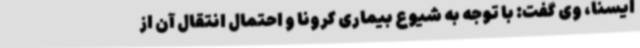
ایسنا، وی گفت: با توجه به شیوع بیماری کرونا و احتمال انتقال آن از